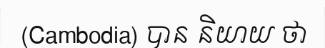
(Cambodia) បាន និយាយ ថា